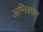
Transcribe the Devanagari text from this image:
अग्निकोण